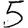
Digit: 5